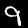
Digit: 9